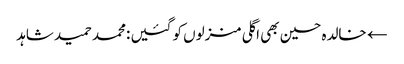
← خالدہ حسین بھی اگلی منزلوں کو گئیں :محمد حمید شاہد